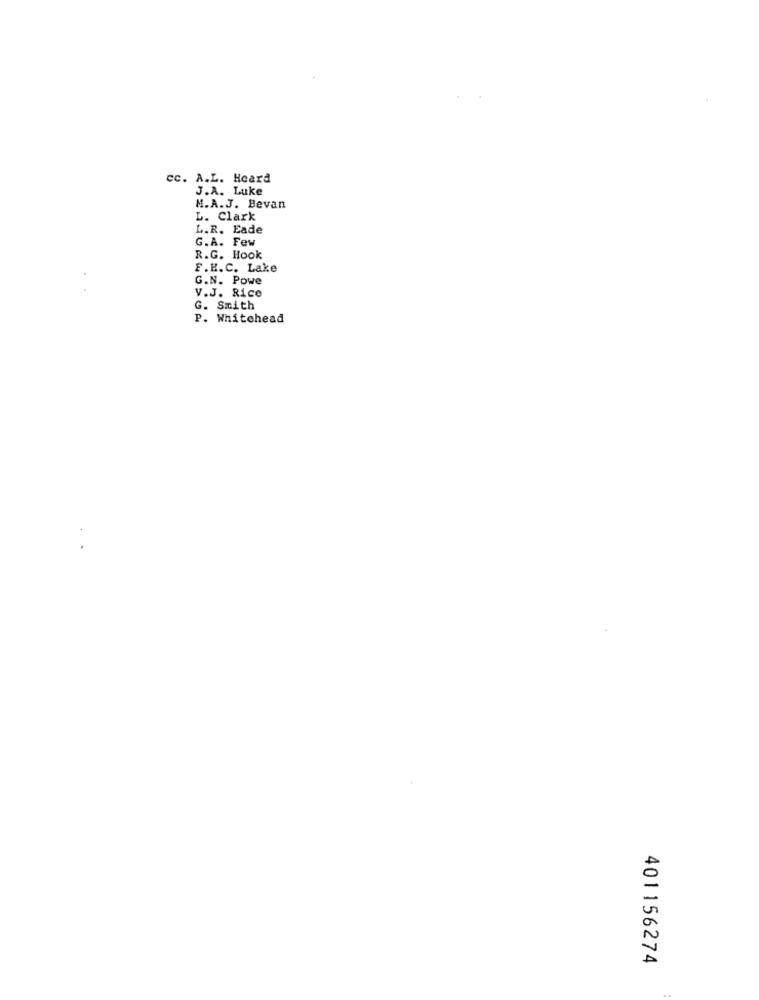
cc. A.L. Heard
J.A. Luke
M.A.J. Bevan
L. Clark
L.R. Eade
G.A. Few
R.G. Hook
F.E.C. Lake
G.N. Powe
V.J. Rice
G. Smith
P. Whitehead
401156274